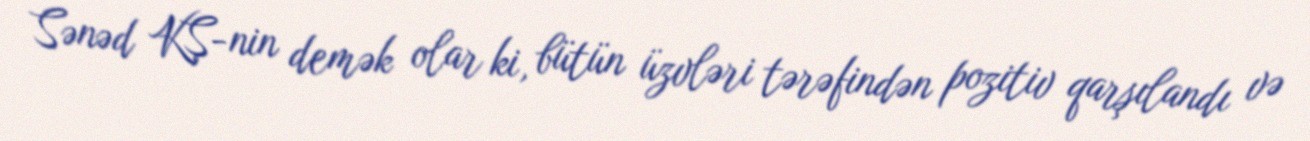
Sənəd KŞ-nin demək olar ki, bütün üzvləri tərəfindən pozitiv qarşılandı və